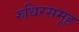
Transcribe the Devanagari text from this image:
रुधिरसमूह